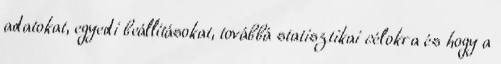
adatokat, egyedi beállításokat, továbbá statisztikai célokra és hogy a